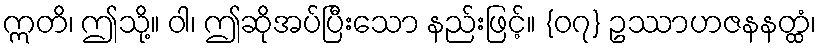
ဣတိ၊ ဤသို့။ ဝါ၊ ဤဆိုအပ်ပြီးသော နည်းဖြင့်။ {၀၇} ဥဿာဟဇနနတ္ထံ၊